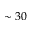
\sim 3 0